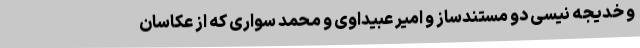
و خدیجه نیسی دو مستندساز و امیر عبیداوی و محمد سواری که از عکاسان